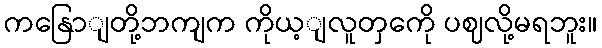
ကနြောျတို့ဘကျက ကိုယ့ျလူတှကေို ပဈလို့မရဘူး။